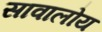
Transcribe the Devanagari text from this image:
सावालोय